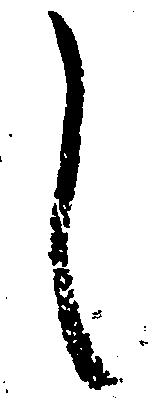
し